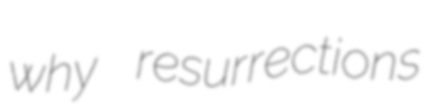
why resurrections